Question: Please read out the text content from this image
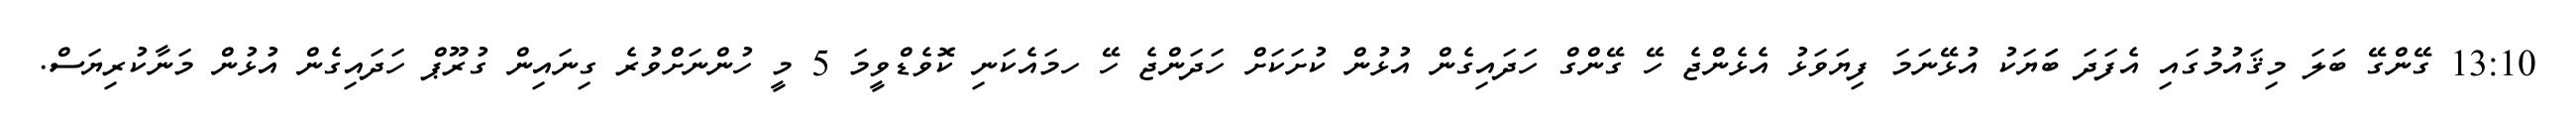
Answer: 13:10 ގޭންގޭ ބަލަ މިޤައުމުގައި އެފަދަ ބަަޔަކު އުޅޭނަމަ ފިޔަވަޅު އެޅެންޖެ ހޭ ގޭންގް ހަދައިގެން އުޅުން ކުށަކަށް ހަދަންޖެ ހޭ ހމައެކަނި ކޮވެޑްވީމަ 5 މީ ހުންނަށްވުރެ ގިނައިން ގުރޫޕް ހަދައިގެން އުޅުން މަނާކުރިޔަސް.